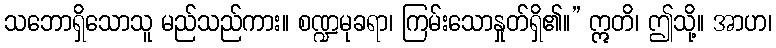
သဘောရှိသောသူ မည်သည်ကား။ စဏ္ဍမုခရာ၊ ကြမ်းသောနှုတ်ရှိ၏။” ဣတိ၊ ဤသို့။ အာဟ၊